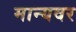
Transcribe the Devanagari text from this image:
मान्‍यवर